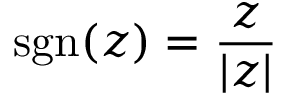
\operatorname { s g n } ( z ) = { \frac { z } { | z | } }